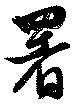
署